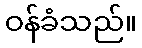
ဝန်ခံသည်။